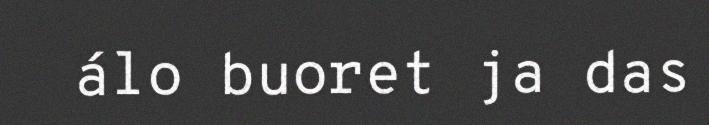
álo buoret ja das